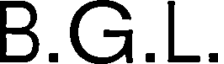
B.G.L.